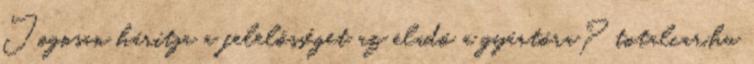
Jogosan hárítja a felelősséget az eladó a gyártóra? totalcar.hu